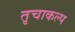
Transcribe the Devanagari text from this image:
तृचाकल्प